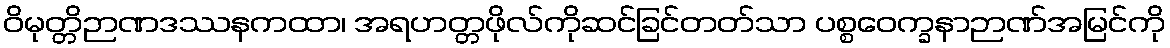
ဝိမုတ္တိဉာဏဒဿနကထာ၊ အရဟတ္တဖိုလ်ကိုဆင်ခြင်တတ်သာ ပစ္စဝေက္ခနာဉာဏ်အမြင်ကို